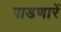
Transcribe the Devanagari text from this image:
पाडणारें